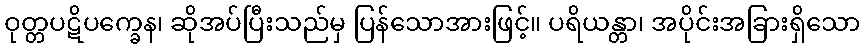
ဝုတ္တပဋိပက္ခေန၊ ဆိုအပ်ပြီးသည်မှ ပြန်သောအားဖြင့်။ ပရိယန္တာ၊ အပိုင်းအခြားရှိသော